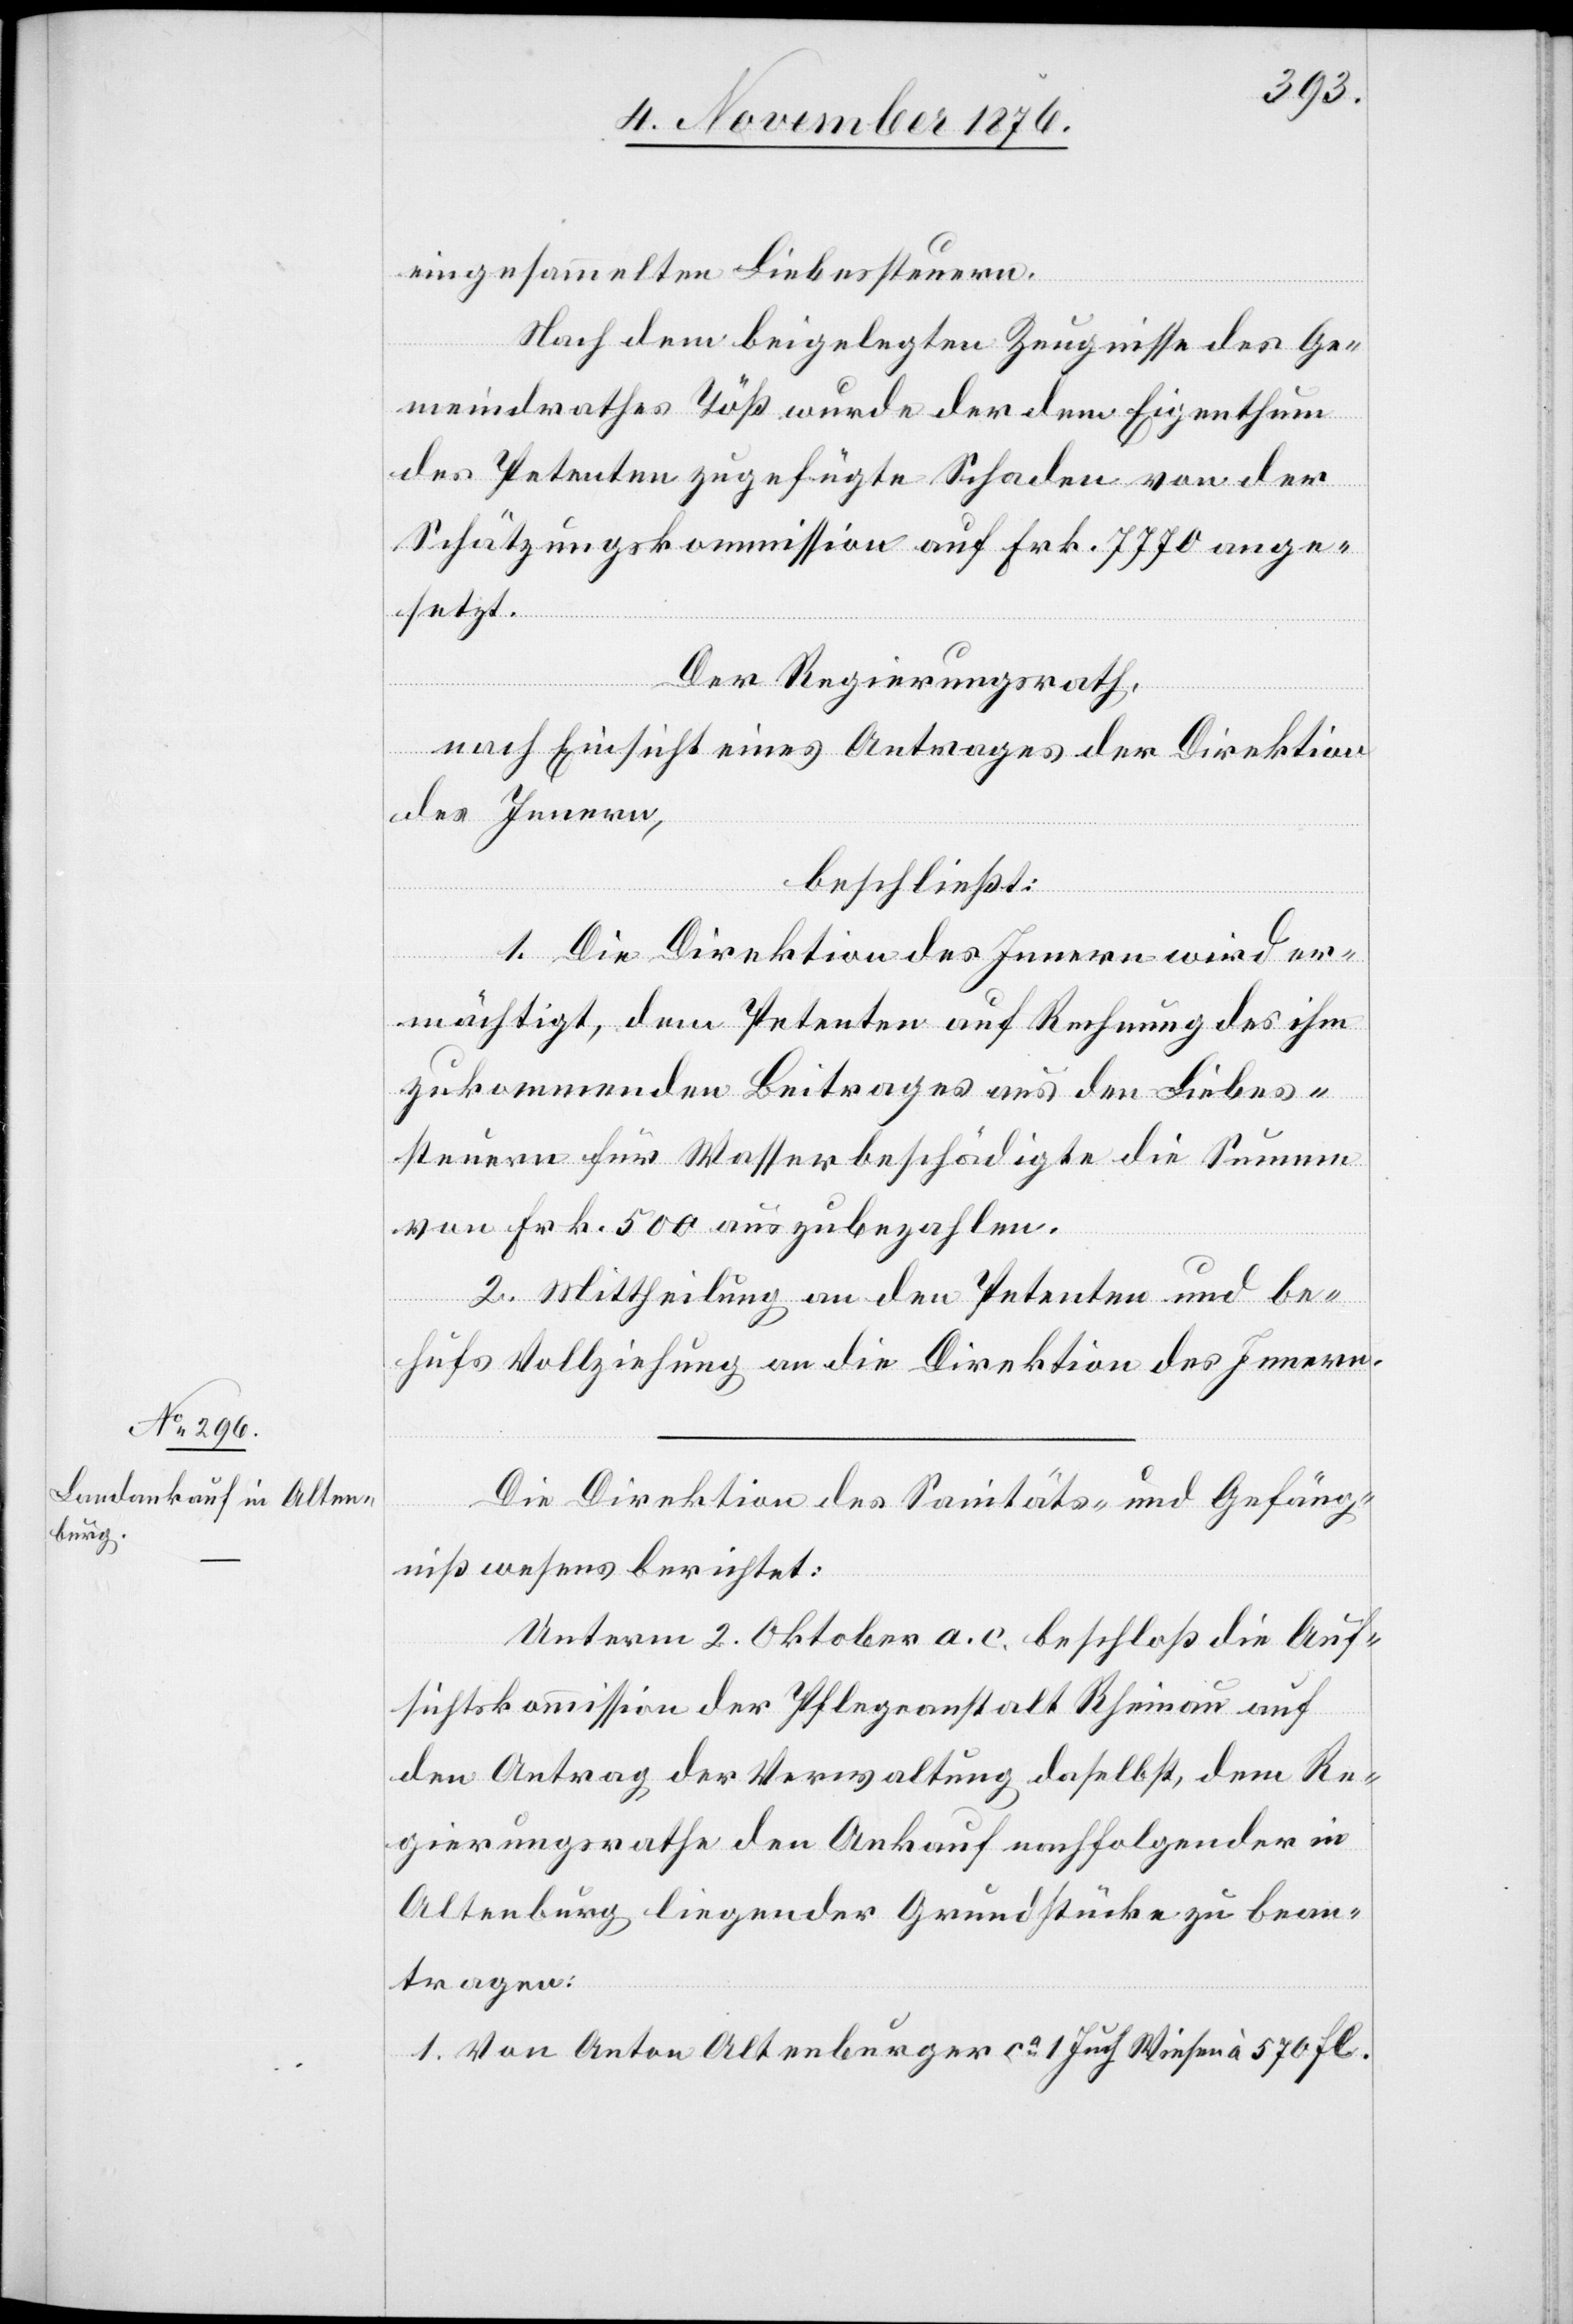
570
eingesammelten Liebessteuern.
Fl.
Nach dem beigelegten Zeugnisse des Ge¬
meindrathes Töß wurde der dem Eigenthum
des Petenten zugefügte Schaden von der
Schätzungskommission auf Frk. 7770 ange¬
setzt.
Der Regierungsrath,
nach Einsicht eines Antrages der Direktion
des Innern,
beschließt:
1. Die Direktion des Innern wird er¬
mächtigt, dem Petenten auf Rechnung des ihm
zukommenden Beitrages aus den Liebes¬
steuern für Wasserbeschädigte die Summe
von Frk. 500 auszubezahlen.
2. Mittheilung an den Petenten und be¬
hufs Vollziehung an die Direktion des Innern.
Wiesen
Die Direktion des Sanitäts- und Gefäng¬
nißwesens berichtet:
Unterm 2. Oktober a. c. beschloß die Auf¬
sichtskommission der Pflegeanstalt Rheinauf auf
den Antrag der Verwaltung daselbst, dem Re¬
gierungsrathe den Ankauf nachfolgender in
Altenburg liegender Grundstücke zu bean¬
tragen: